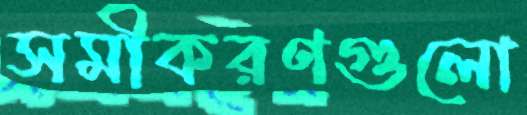
সমীকরণগুলো